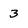
Character: 3